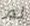
لم